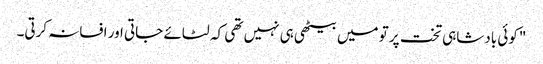
"کوئی بادشاہی تخت پر تو میں بیٹھی ہی نہیں تھی کہ لٹائے جاتی اور افسانہ کرتی۔